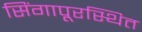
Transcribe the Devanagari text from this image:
सिंगापूरस्थित